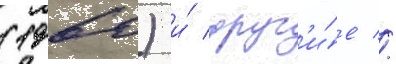
(1960) и́ друг'и́е //